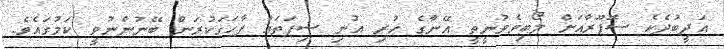
އަދީބުދެކެ ސޮފޫރާއަށް ލޯބިވެވުނީތީ އޭނާގެ ހުރި އުނި ސިފަތައް ފާހަގަކުރަން ބޭނުންނުވީ ކަމުގައެވެ.